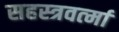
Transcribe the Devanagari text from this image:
सहस्‍त्रवर्त्‍मा